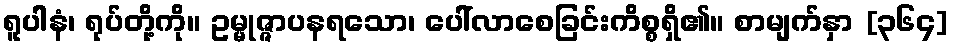
ရူပါနံ၊ ရုပ်တို့ကို။ ဥမ္မုဇ္ဇာပနရသော၊ ပေါ်လာစေခြင်းကိစ္စရှိ၏။ စာမျက်နှာ [၃၆၄]